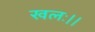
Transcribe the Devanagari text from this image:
खलः।।